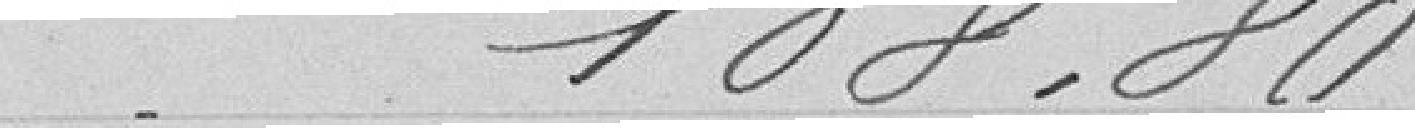
108,80 F